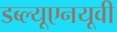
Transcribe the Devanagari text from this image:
डब्ल्यूएनयूवी